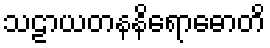
သဠာယတနနိရောဓောတိ